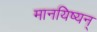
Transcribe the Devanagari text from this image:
मानयिष्यन्